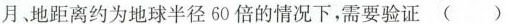
月地距离约为地球半径60倍的情况下，需要验证()